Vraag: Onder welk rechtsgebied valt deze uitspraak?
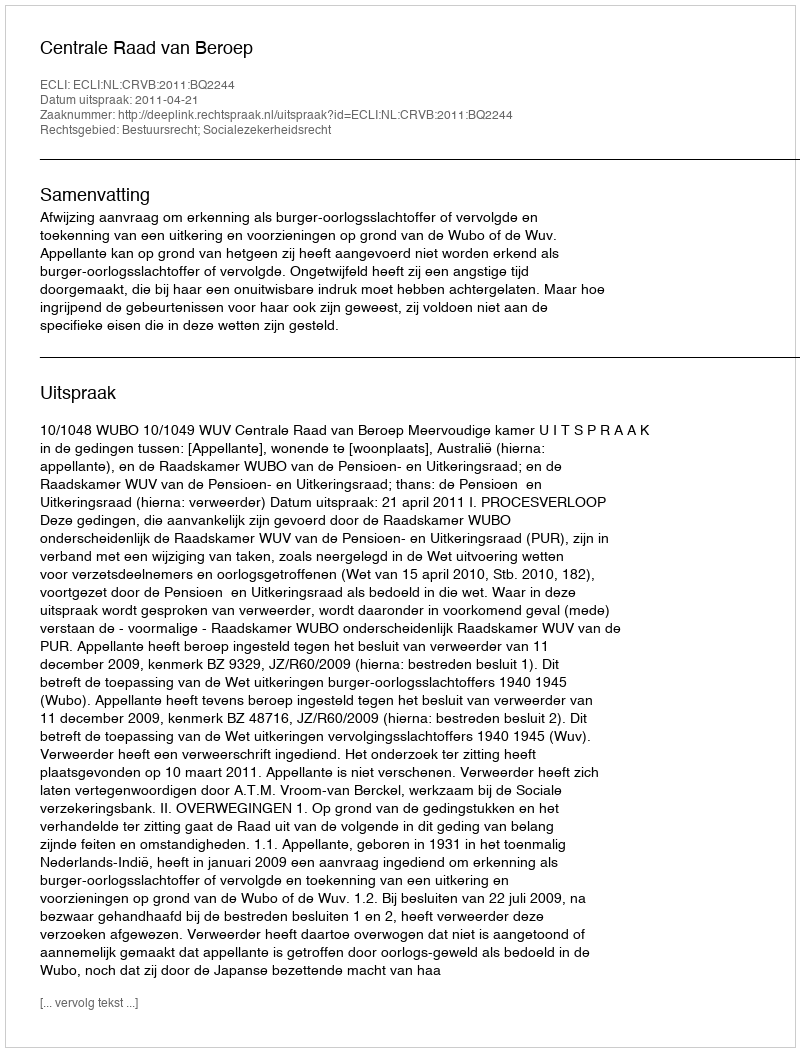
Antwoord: Bestuursrecht; Socialezekerheidsrecht